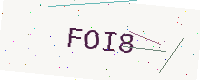
Text: FOI8